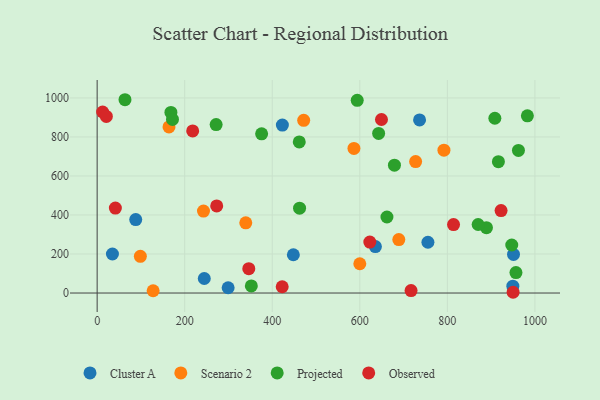
{"axis": {"x": "Price", "y": "Profit"}, "legend": ["Cluster A", "Observed", "Projected", "Scenario 2"], "data": [{"x": "755.6", "y": 260.3, "type": "Cluster A"}, {"x": "88.1", "y": 376.4, "type": "Cluster A"}, {"x": "244.7", "y": 74.4, "type": "Cluster A"}, {"x": "951.1", "y": 197.7, "type": "Cluster A"}, {"x": "299.2", "y": 27.1, "type": "Cluster A"}, {"x": "34.9", "y": 200.1, "type": "Cluster A"}, {"x": "736.5", "y": 887.0, "type": "Cluster A"}, {"x": "949.6", "y": 35.1, "type": "Cluster A"}, {"x": "448.2", "y": 196.1, "type": "Cluster A"}, {"x": "423.1", "y": 860.7, "type": "Cluster A"}, {"x": "635.6", "y": 238.3, "type": "Cluster A"}, {"x": "339.5", "y": 360.0, "type": "Scenario 2"}, {"x": "471.8", "y": 885.3, "type": "Scenario 2"}, {"x": "586.6", "y": 741.4, "type": "Scenario 2"}, {"x": "689.1", "y": 273.7, "type": "Scenario 2"}, {"x": "600.0", "y": 149.9, "type": "Scenario 2"}, {"x": "792.2", "y": 732.4, "type": "Scenario 2"}, {"x": "127.9", "y": 11.5, "type": "Scenario 2"}, {"x": "164.1", "y": 851.5, "type": "Scenario 2"}, {"x": "242.9", "y": 420.1, "type": "Scenario 2"}, {"x": "727.5", "y": 673.7, "type": "Scenario 2"}, {"x": "98.7", "y": 188.1, "type": "Scenario 2"}, {"x": "168.5", "y": 925.5, "type": "Projected"}, {"x": "462.4", "y": 434.9, "type": "Projected"}, {"x": "916.6", "y": 673.2, "type": "Projected"}, {"x": "947.1", "y": 246.1, "type": "Projected"}, {"x": "375.7", "y": 815.8, "type": "Projected"}, {"x": "982.8", "y": 908.1, "type": "Projected"}, {"x": "962.4", "y": 730.7, "type": "Projected"}, {"x": "461.7", "y": 774.3, "type": "Projected"}, {"x": "643.0", "y": 817.9, "type": "Projected"}, {"x": "594.1", "y": 987.6, "type": "Projected"}, {"x": "889.3", "y": 334.7, "type": "Projected"}, {"x": "63.6", "y": 990.8, "type": "Projected"}, {"x": "956.7", "y": 104.7, "type": "Projected"}, {"x": "271.8", "y": 863.3, "type": "Projected"}, {"x": "352.2", "y": 36.2, "type": "Projected"}, {"x": "679.1", "y": 655.5, "type": "Projected"}, {"x": "662.0", "y": 389.7, "type": "Projected"}, {"x": "870.3", "y": 351.1, "type": "Projected"}, {"x": "908.5", "y": 895.9, "type": "Projected"}, {"x": "172.1", "y": 889.9, "type": "Projected"}, {"x": "422.7", "y": 32.1, "type": "Observed"}, {"x": "41.6", "y": 435.5, "type": "Observed"}, {"x": "12.5", "y": 927.9, "type": "Observed"}, {"x": "218.2", "y": 830.9, "type": "Observed"}, {"x": "950.2", "y": 3.8, "type": "Observed"}, {"x": "922.7", "y": 422.5, "type": "Observed"}, {"x": "273.1", "y": 446.4, "type": "Observed"}, {"x": "649.5", "y": 889.4, "type": "Observed"}, {"x": "21.0", "y": 905.3, "type": "Observed"}, {"x": "717.1", "y": 12.3, "type": "Observed"}, {"x": "622.9", "y": 261.2, "type": "Observed"}, {"x": "346.4", "y": 124.6, "type": "Observed"}, {"x": "814.1", "y": 351.0, "type": "Observed"}]}